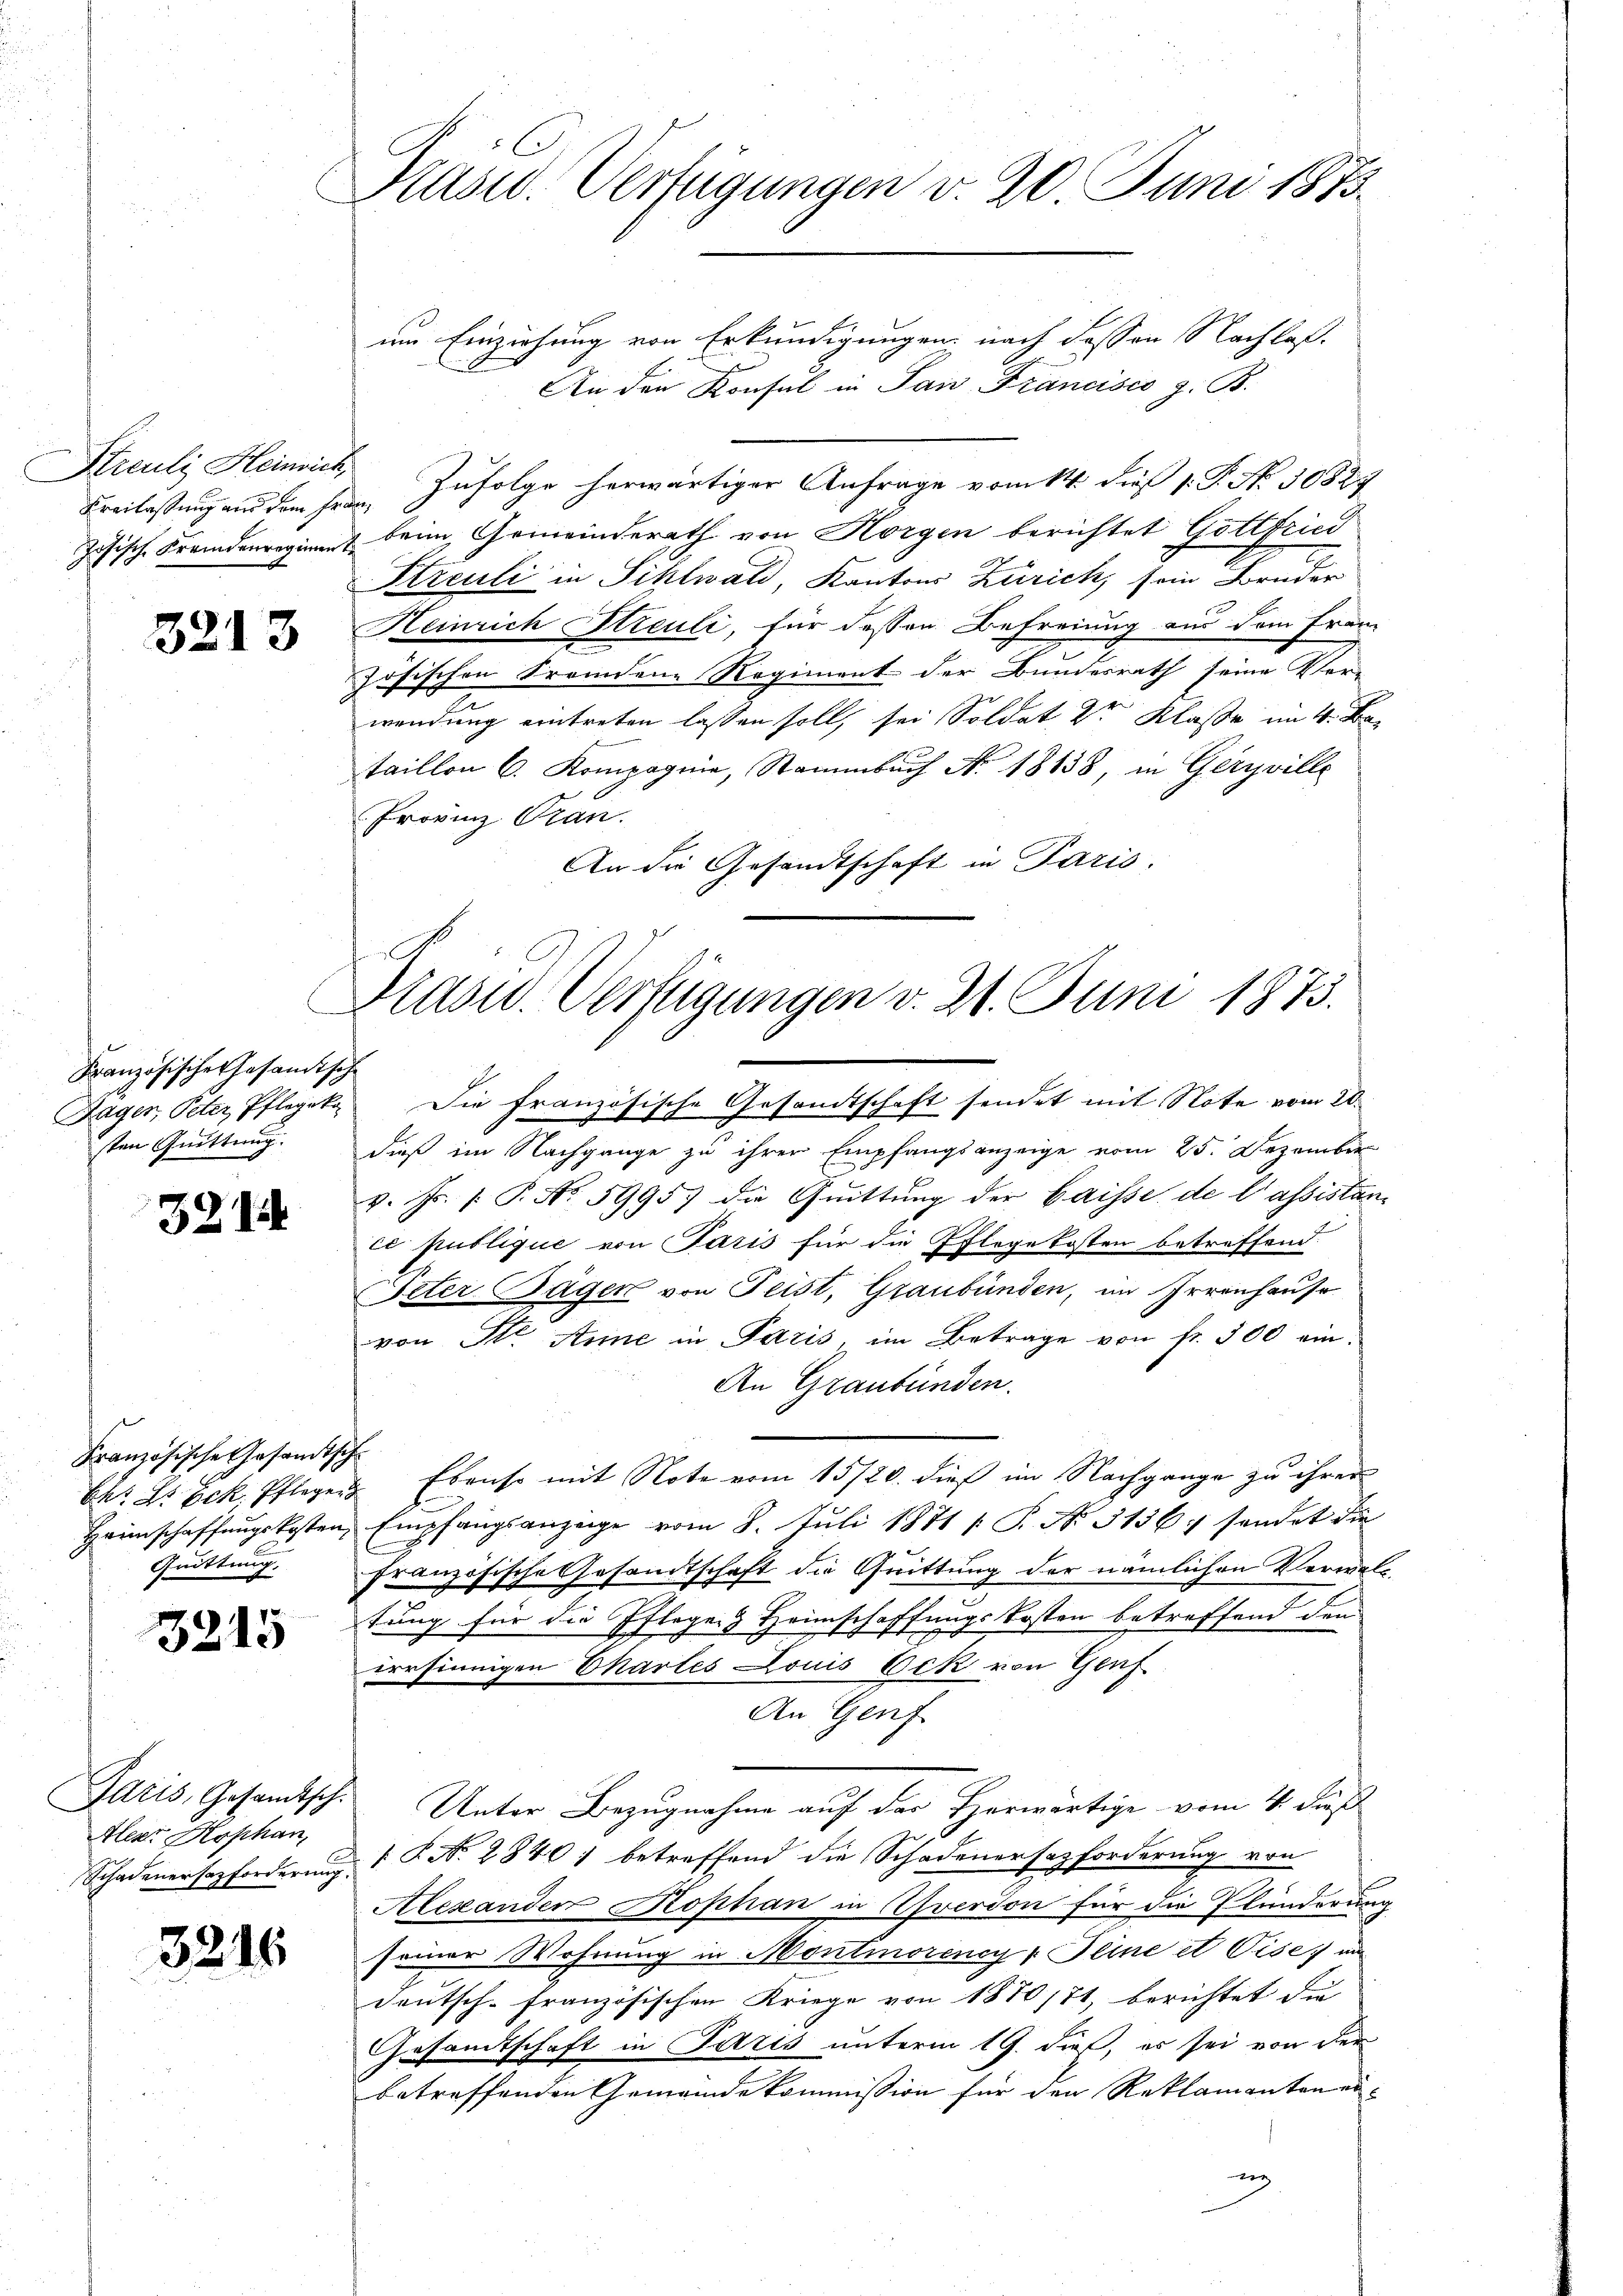
Streuli, Heinrich
Kreilassung aus dem Fran¬

3213

Französisches Gesandtische
Ragen, Peter, Pflegeko
sten Quittung.

321

Französische Gesandtsche
Heimschaffungskosten,
Quittung.

3215

Jaris, Gesandtsch.
Aller Hophan,
Schadenersazforderung.

3215

Kasid. Verfügungen v. 20 Juni 1873.

um Einziehung von Erkundigungen, nach dessen Nachlaß¬
An den Konsul in Pan Francisco z. B.
Zufolge herwärtiger Anfrage vom 14. dieß 1. P. No. 30824
zösische Fremdenregien beim Gemeinderath von Horgen berichtet Gottfried
Streuli in Sihlwald, Kantons Zürich, sein Brüder
Heinrich Streuli, für dessen Befreiung aus dem Frau
zösischen Fremdene Regiment der Bundesrath seine Ver-
wendung eintreten lassen soll, sei Soldat 2r Klasse im 4. Dataillon C. Kompagnie, Stammbach No. 18138, in Gerville
Provinz Oran.
An die Gesandtschaft in Paris.

Präsid. Verfügungen v. 21. Juni 1873.

d
Die französische Gesandtschaft sendet mit Note vom 20.
dieß im Nachgange zu ihrer Empfangsanzeige vom 25. Dezember
v. Fr. 1. P. No. 5995) die Quittung der Gaisse de l’assistance publique von Paris für die Pflegekosten betreffend.
Peter-Tagen von Feist, Graubünden, im Irrenhause
von Str. Anne in Paris, im Betrage von fr. 300 ein-
An Graubünden.
Chr. L. Bek. Pfleger Ebenso mit Note vom 15/20. dieß im Nachgange zu ihrer
Empfangsanzeige vom 8. Juli 1871 / P. Nr. 3136; sendet die
französische Gesandtschaft die Quittung der nämlichen Verwal
tung für die Pflegen & Heimschaffungskosten betreffend den
irrsinnigen Chartes Louis Ock von Genf
An Genf
Unter Bezugnahme auf das Horwärtige vom 4. Fuß
 P. No. 28401 betreffend die Schadenersazforderung von
Alexanden Kophan in Yverdon für die Plunderung
seiner Wohnung in Montmorency Peine et Vise, um
Deutsch-Französischen Kriege von 1870/71, berichtet die
Gesandtschaft in Paris unterm 19. dieß, es sei von der
betreffenden Gemeinde kommission für den Reklamanten ein